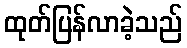
ထုတ်ပြန်လာခဲ့သည်